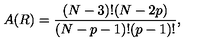
A ( R ) = \frac { ( N - 3 ) ! ( N - 2 p ) } { ( N - p - 1 ) ! ( p - 1 ) ! } ,